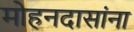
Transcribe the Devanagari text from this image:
मोहनदासांना